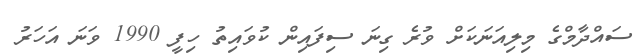
ސައްދާމްގެ މިލިއަނަކަށް ވުރެ ގިނަ ސިފައިން ކުވައިތު ހިފީ 1990 ވަނަ އަހަރު